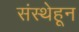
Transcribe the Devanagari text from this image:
संस्थेहून